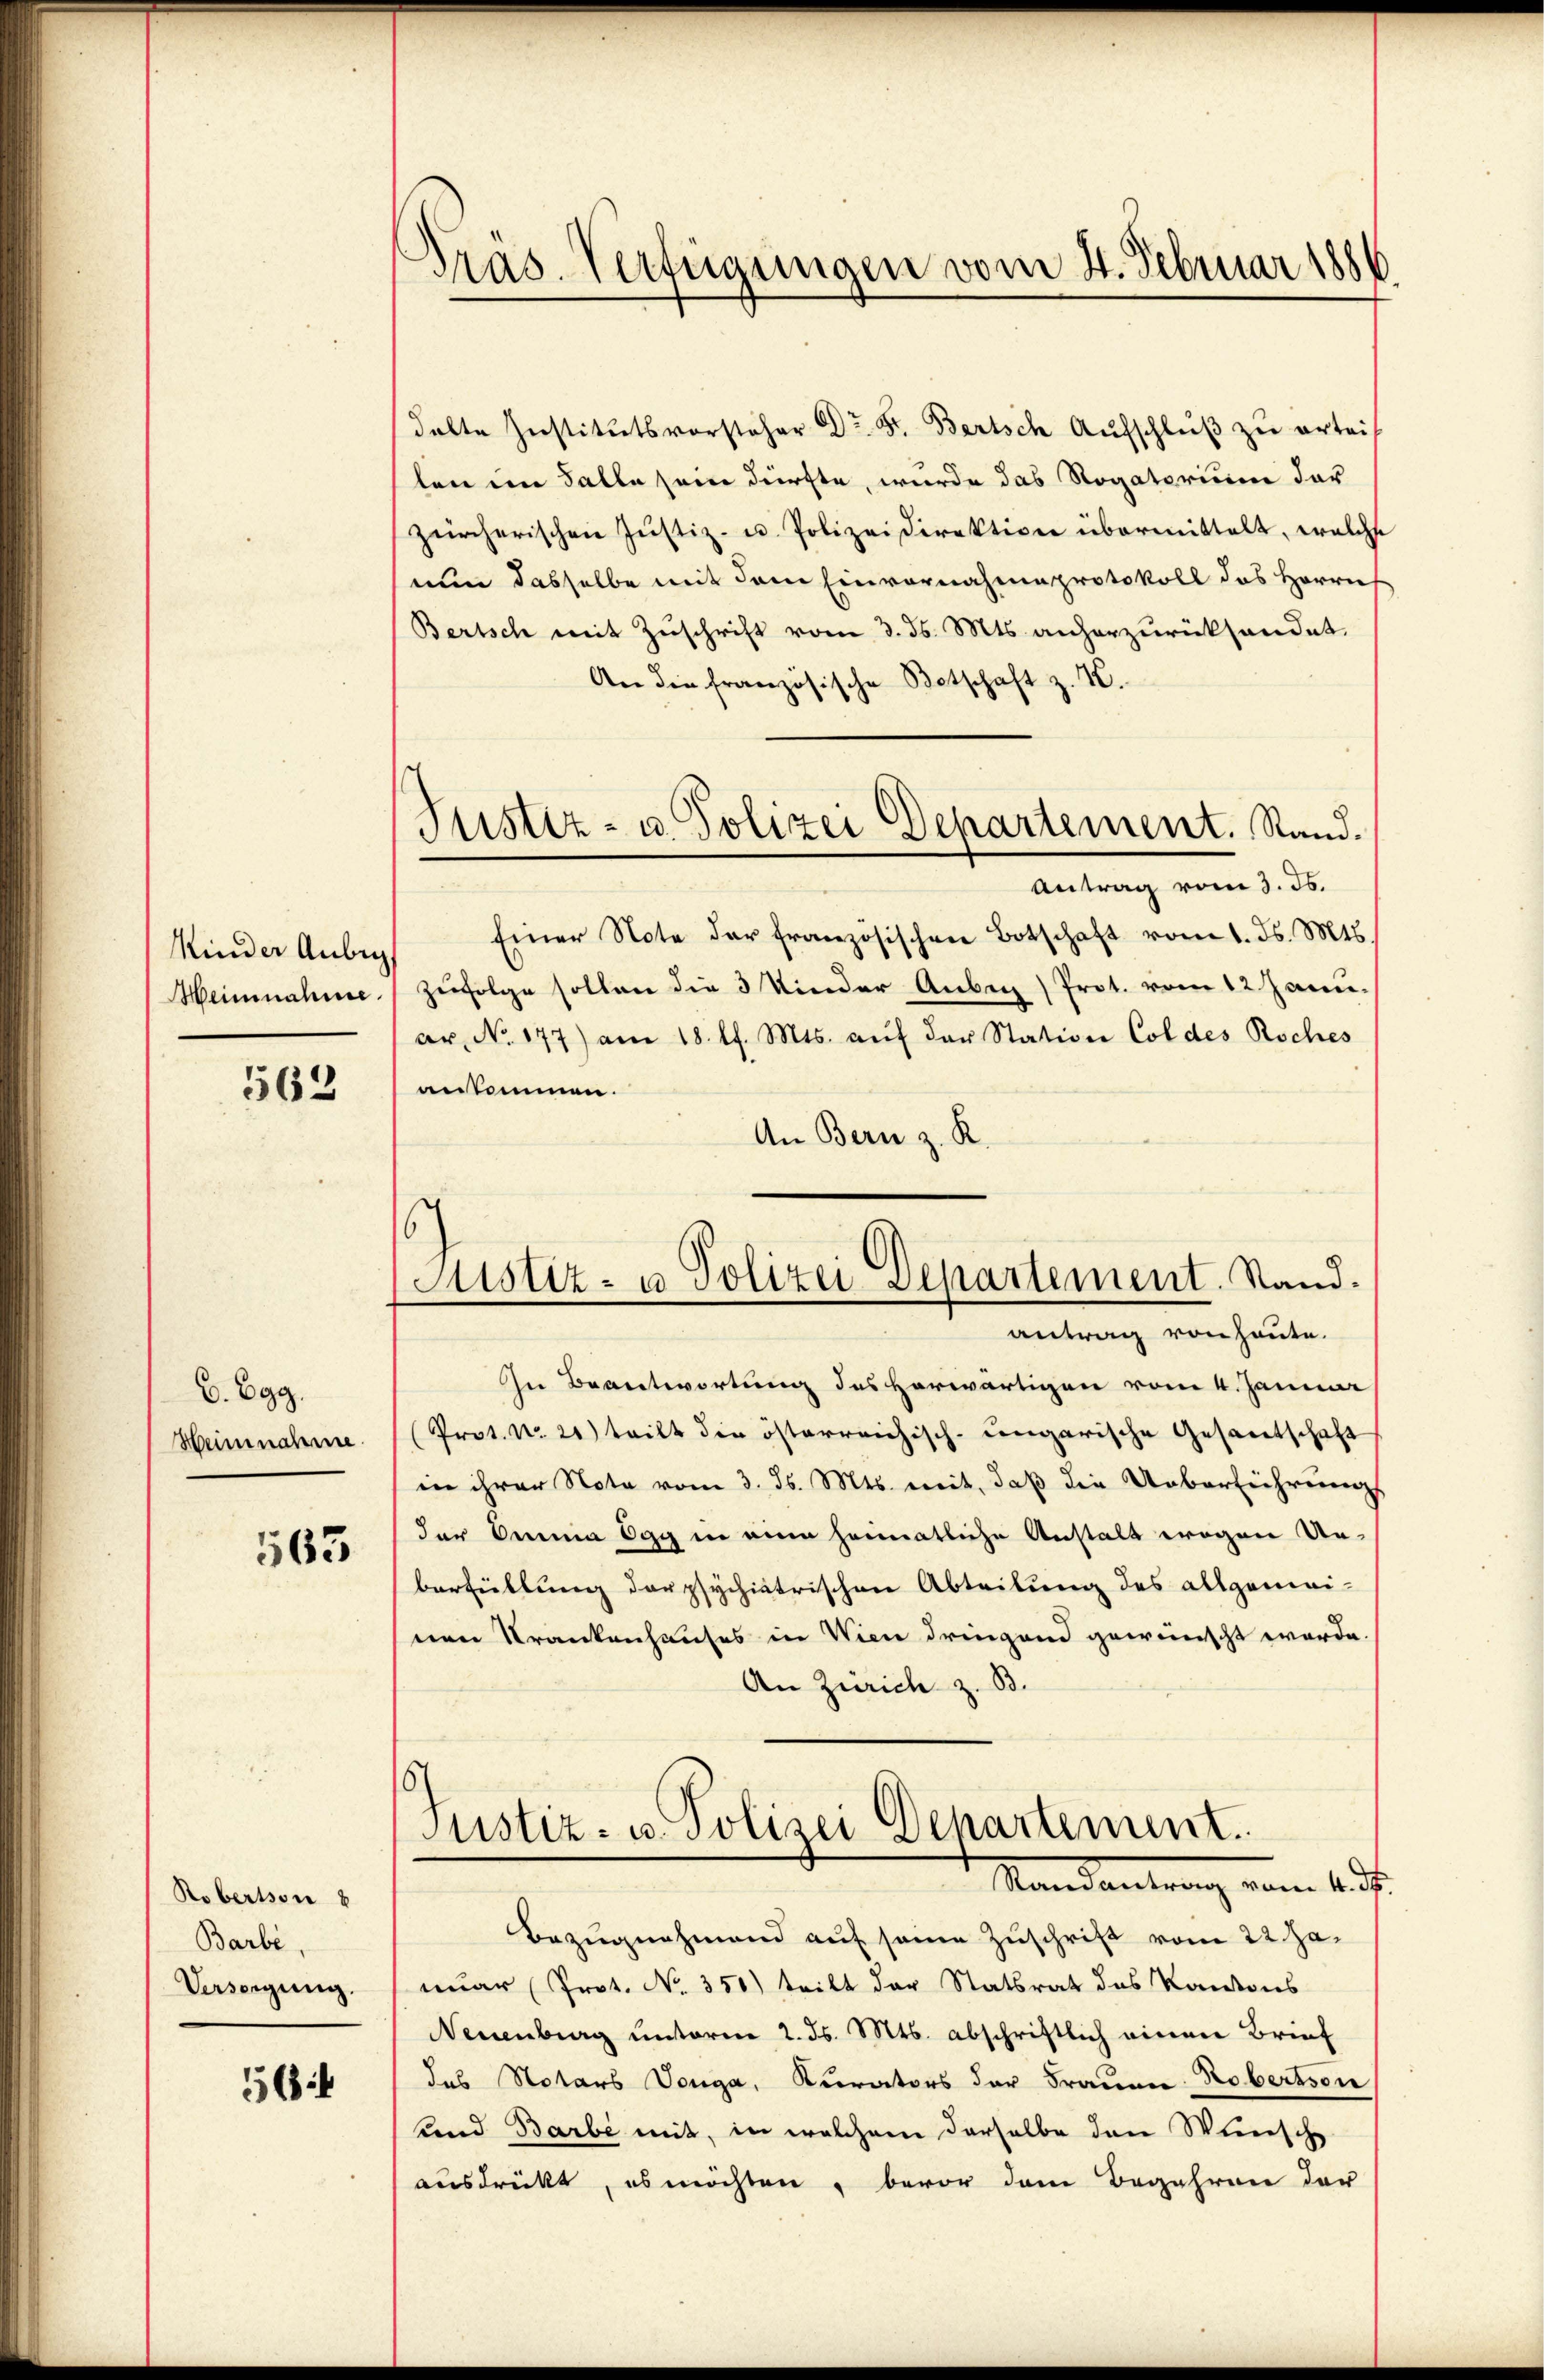
Kinder Anbeg
Meinnahme

562

C. Egg.
Heinnahme.

563

Robersson 8
Barbe,
Verstigung.

56:

Präs. Verfügungen vom 4. Februar 1886

Justiz- u. Polizei Departement. Stand.

dalte Institutsvorsteher Dr. Fr. Bertsch Aufschluß zu ertei-
ten im Falle sein dürfte, wurde das Rogatorium dar
zürcherischen Jŭstiz- u. Polizeidirektion übermittelt, welche
nun dasselbe mit dem Einvernahmeprotokoll das Herrn
Bertsch mit Zuschrift vom 3. ds. Mts. anherzurücksendet.
An die französische Botschaft z. K.
Antrag vom 3. ds.
Einer Note der französischen Botschaft vom 1. ds. Mts.
zufolge sollen die 3 Kinder Anbei Prot. vom 12. Janu
ar. No. 177) am 18. d. Mts. aŭf der Station Col des Roches
ankommen.
An Bern z. R.
In Beantwortung des herwärtigen vom 4. Januar
Prot. No 21) teilt die österreichisch-ungarische Gesantschaft
in ihrer Nota vom 3. ds. Mts. mit, daß die Ueberführungs
der Anna Egg in eine heimatliche Anstalt wegen Unberfüllung der psychiatrischen Abteilung des allgemei-
nen Krankenhauses in Wien dringend gewünscht werde.
An Zürich z. B.
6
Justiz- u. Polizei Departement.
Standentrag vom 4. d.
Bezugnahmend auf seine Zuschrift vom 22. Januar (Prot. No. 350) teilt der Statsrat des Kantons
Neuenburg unterm 2. ds. Mts. abschriftlich einen Brief
das Notars Vorga, Kurators der Frauen Robersson
und Barbe mit, in welchem derselbe den Wunsche
ausdrückt, es möchten, bevor dem Begehren der

s
Justiz- u Polizei Departement. Stand.
antrag von heute.